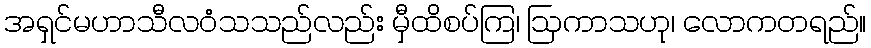
အရှင်မဟာသီလဝံသသည်လည်း မှီထိစပ်ကြ၊ ဩကာသဟု၊ လောကတရည်။